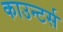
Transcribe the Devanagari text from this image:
काउन्टर्स